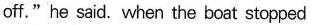
off."he said. When the boat stopped